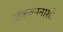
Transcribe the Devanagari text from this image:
संकल्पनाशी